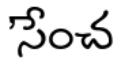
'సేంచ